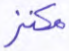
مكنز